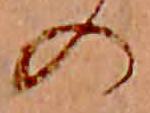
の